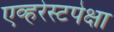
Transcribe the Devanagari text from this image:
एव्हरेस्टपेक्षा